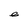
Character: e